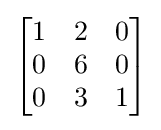
{\begin{bmatrix}1&2&0\\0&6&0\\0&3&1\end{bmatrix}}